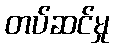
တပ်ဆင်မှု